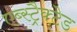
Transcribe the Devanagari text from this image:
एब्स्ट्रैक्टेड